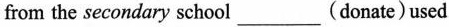
from the secondary school___(donate)used